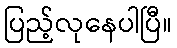
ပြည့်လုနေပါပြီ။